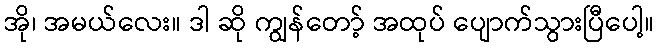
အို၊ အမယ်လေး။ ဒါ ဆို ကျွန်တော့် အထုပ် ပျောက်သွားပြီပေါ့။